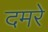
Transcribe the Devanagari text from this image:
दमरे